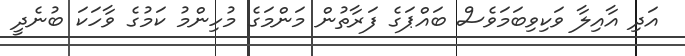
އަދި އާއިލާ ވަކިވިބަމަވެސް ބައްޕަގެ ފަރާތުން މަންމަގެ މުހިންމު ކަމުގެ ވާހަކަ ބުނެދީ